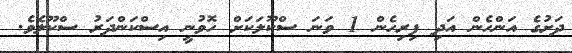
ދަށުގެ އަންހެން އަދި ފިރިހެން 1 ވަނަ ސްކޫލަކަށް ހޮވުނީ އިސްކަންދަރު ސްކޫލެވެ.